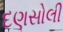
દણસોલી